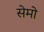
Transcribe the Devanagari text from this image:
सेमो